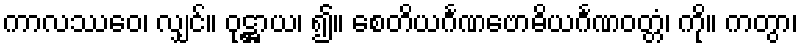
ကာလဿေဝ၊ လျှင်။ ဝုဋ္ဌာယ၊ ၍။ စေတိယင်္ဂဏဗောဓိယင်္ဂဏဝတ္တံ၊ ကို။ ကတွာ၊